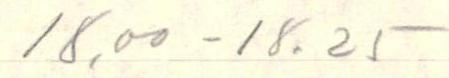
18.00 - 18.25